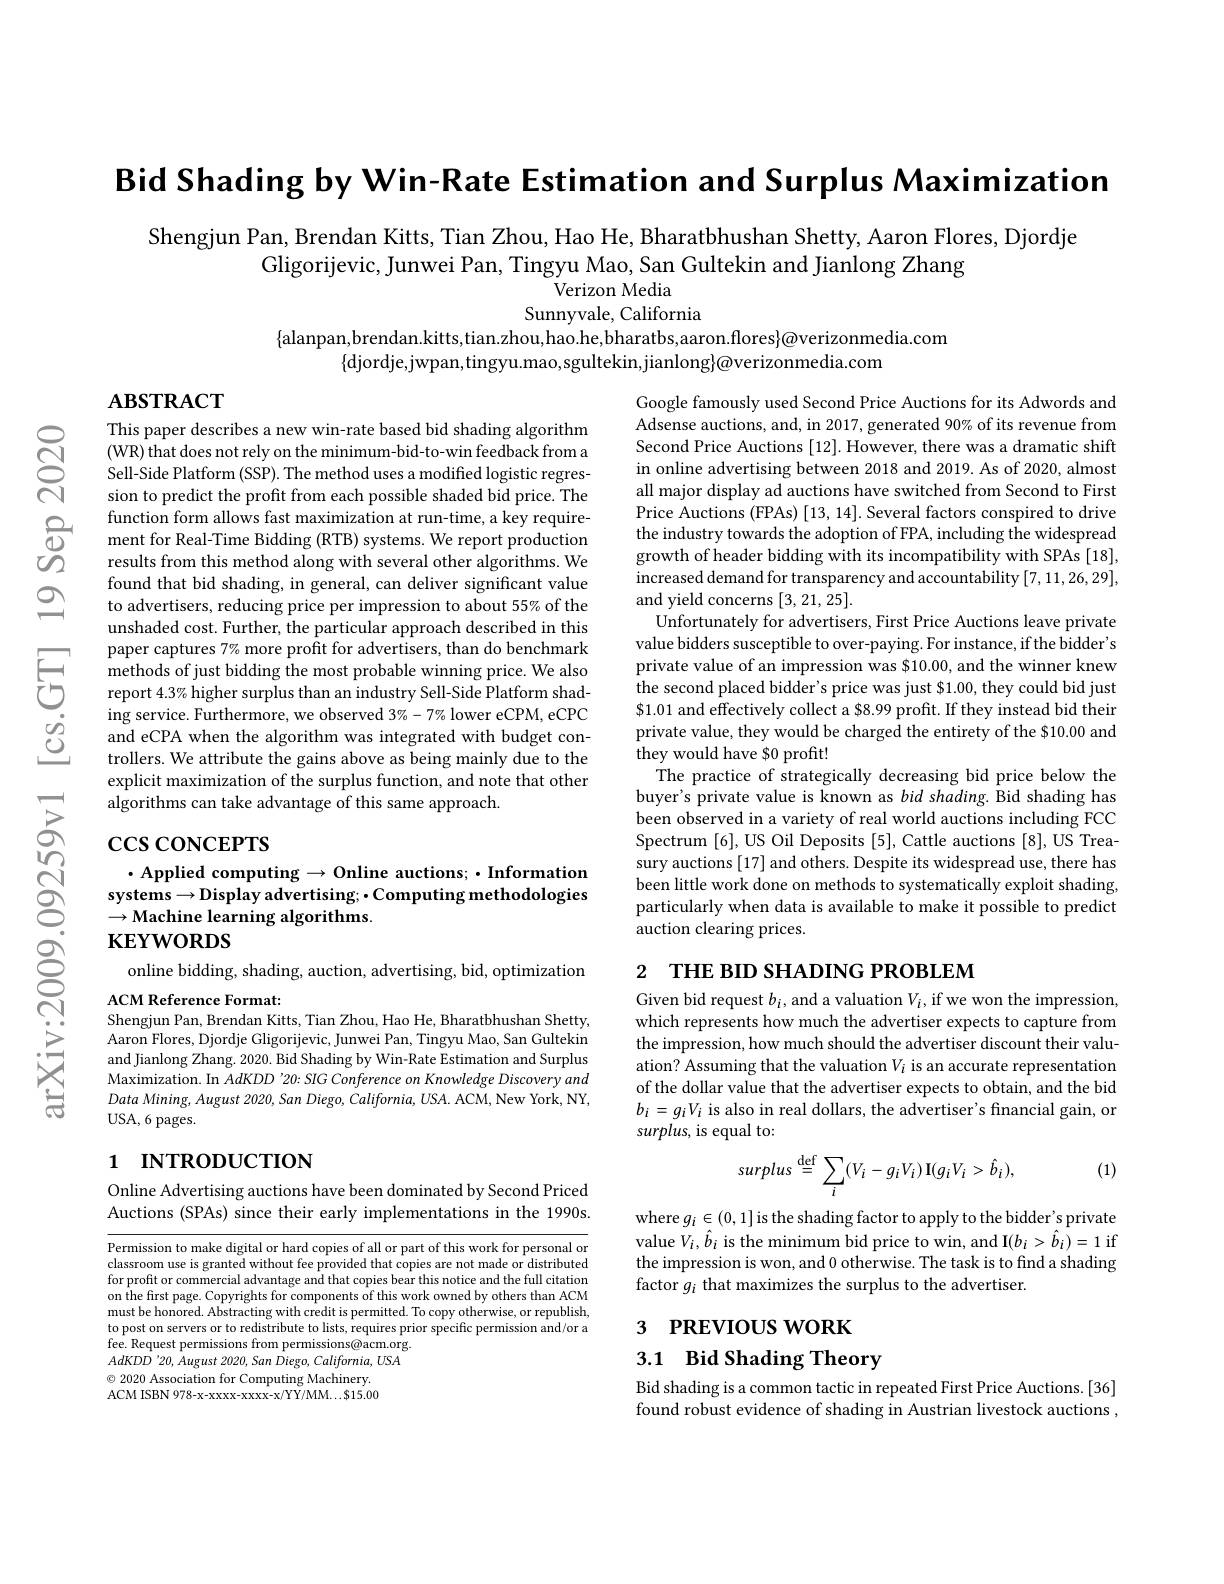
Bid Shading by Win-Rate Estimation and Surplus Maximization

Shengjun Pan, Brendan Kitts, Tian Zhou, Hao He, Bharatbhushan Shetty, Aaron Flores, Djordje
Gligorijevic, Junwei Pan, Tingyu Mao, San Gultekin and Jianlong Zhang
Verizon Media
Sunnyvale, California
$\{$alanpan,brendan.kitts,tian.zhou,hao.he,bharatbs,aaron.flores$\}@$verizonmedia.com

$\{$djordje,jwpan,tingyu.mao,sgultekin,jianlong$\}\textcircled{a}$verizonmedia.com

$\mathbf{ABSTRACT}$

This paper describes a new w (WR) that does not rely on the minimum-bid-to-win feedback from a Sell-Side Platform (SSP). The method uses a modified logistic regression to predict the profit from each possible shaded bid price. The function form allows fast maximization at run-time, a key requirement for Real-Time Bidding (RTB) systems. We report production results from this method along with several other algorithms. We found that bid shading, in general, can deliver significant value to advertisers, reducing price per impression to about 55% of the unshaded cost. Further, the particular approach described in this paper captures 7% more profit for advertisers, than do benchmark
and eCPA when the algorithm was integrated with budget controllers. We attribute the gains above as being mainly due to the explicit maximization of the surplus function, and note that other algorithms can take advantage of this same approach.

Google famously used Second Price Auctions for its Adwords and Adsense auctions, and, in 2017, generated 90% of its revenue from Second Price Auctions [12]. in online advertising between 2018 and 2019. As of 2020, almost all major display ad auctions have switched from Second to First Price Auctions (FPAs) [13, 14]. Several factors conspired to drive the industry towards the adoption of FPA, including the widespread growth of header bidding with its incompatibility with SPAs [18], increased demand for transparency and accountability [7,11,26,29], and yield concerns [3,21,25].
Unfortunately for advertisers, First Price Auctions leave private value bidders susceptible to private value of an impression was $10.00, and the winner knew the second placed bidder's price was just $1.00, they could bid just $1.01 and effectively collect a $8.99 profit. If they instead bid their private value, they would be charged the entirety of the $10.00 and they would have $0 profit!
The practice of strategically decreasing bid price below the buyer's private value is known as bid shading. Bid shading has been observed in a variety o Spectrum [6], US Oil Deposits [5], Cattle auctions [8], US Treasury auctions [17] and others. Despite its widespread use, there has been little work done on methods to systematically exploit shading, particularly when data is available to make it possible to predict auction clearing prices.

# $\csc\cos$coNCEPTS

# $\cdot$ Applied computing$\to$Onli systems$\to$Display advertising; - Computing methodologies $\to$Machine learning algorithms. $\mathbf{KEYWORDS}$

2 THE вID SHADING PROBLEM

online bidding, shading, auction, advertising, bid, optimization
ACM Reference Format:

Shengjun Pan, Brendan Kitts, Tian Zhou, Hao He, Bharatbhushan Shetty,

Given bid request $b_i$, and a valuation $V_i$, if we won the impression, which represents how much the advertiser expects to capture from the impression, how much should the advertiser discount their valuation? Assuming that the val of the dollar value that the advertiser expects to obtain, and the bid $b_{i}=g_{i}V_{i}$ is also in real dollars, the advertiser's financial gain, or surplus, is equal to:

Aaron Flores, Djordje Gligorijevic, Junwei Pan, Tingyu Mao, San Gultekin and Jianlong Zhang. 2020. Bid Shading by Win-Rate Estimation and Surplus Maximization. In $\bar{AdKDD}$ '20: SIG Conference on Knowledge Discovery and Data Mining, August 2020, San Diego, California, USA. ACM, New York, NY, USA,6 pages.

# 1 INTRODUCTION

(1)
$$surplus\stackrel{\mathrm{def}}{=}\sum_{i}(V_{i}-g_{i}V_{i})\:\mathbf{I}(g_{i}V_{i}>\hat{b}_{i}),$$
Online Advertising auctions have been dominated by Second Priced Auctions (SPAs) since their early implementations in the 1990s.

where $g_i\in(0,1]$ is the shading factor to apply to the bidder's private value $V_i,\hat{b}_i$ is the minimum bid price to win, and I$(b_i>\hat{b}_i)=1$ if the impression is won, and 0 otherwise. The task is to find a shading factor $g_i$ that maximizes the surplus to the advertiser.

Permission to make digital o classroom use is granted wit for profit or commercial advantage and that copies bear this notice and the full citation on the first page. Copyrights for components of this work owned by others than ACM must be honored. Abstracting with credit is permitted. To copy otherwise, or republish, to post on servers or to redistribute to lists, requires prior specific permission and/or a fee. Request permissions from permissions@acm.org $AdKDD^{\prime }20, \hat{A} ugust$ $2020, San\hat{D} iego, California, USA$ $\textcircled{\circ}$ 2020 Association for Computing Machinery. ACM ISBN 978-x-xxxx-xxxx-x/YY/MM...$15.00

# 3 РREVIOUS WORK

3.1 Bid Shading Theory

Bid shading is a common tactic in repeated First Price Auctions.[36] found robust evidence of shading in Austrian livestock auctions ,